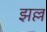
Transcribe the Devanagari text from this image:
झल्ल